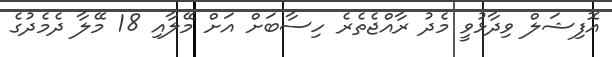
އޮފިޝަލް ވިދާޅުވީ މެދު ރާއްޖެތެރެ ހިސާބަށް އަށް މޭލާއި 18 މޭލާ ދެމެދުގެ